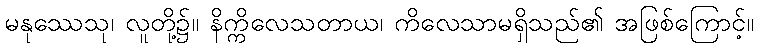
မနုဿေသု၊ လူတို့၌။ နိက္ကိလေသတာယ၊ ကိလေသာမရှိသည်၏ အဖြစ်ကြောင့်။